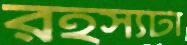
রহস্যটা